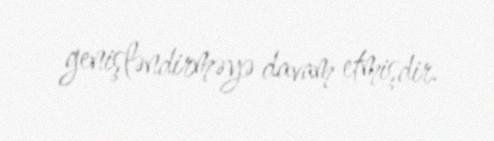
genişləndirməyə davam etmişdir.